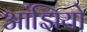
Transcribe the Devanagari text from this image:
आंझियो